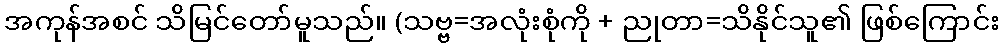
အကုန်အစင် သိမြင်တော်မူသည်။ (သဗ္ဗ=အလုံးစုံကို + ညုတာ=သိနိုင်သူ၏ ဖြစ်ကြောင်း